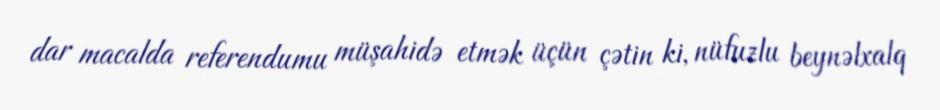
dar macalda referendumu müşahidə etmək üçün çətin ki, nüfuzlu beynəlxalq